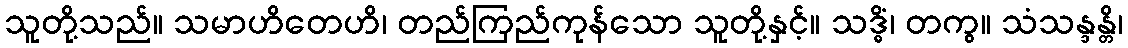
သူတို့သည်။ သမာဟိတေဟိ၊ တည်ကြည်ကုန်သော သူတို့နှင့်။ သဒ္ဓိံ၊ တကွ။ သံသန္ဒန္တိ၊